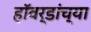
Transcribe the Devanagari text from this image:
हॉवर्डांच्या